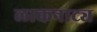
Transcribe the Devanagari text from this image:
लाकनाट्य